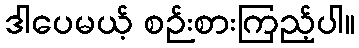
ဒါပေမယ့် စဉ်းစားကြည့်ပါ။